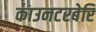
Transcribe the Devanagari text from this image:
काउनटरबेरि